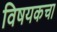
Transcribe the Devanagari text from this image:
विषयकचा